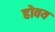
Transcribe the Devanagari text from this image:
होवय